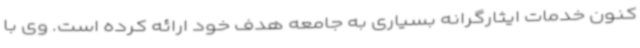
کنون خدمات ایثارگرانه بسیاری به جامعه هدف خود ارائه کرده است. وی با